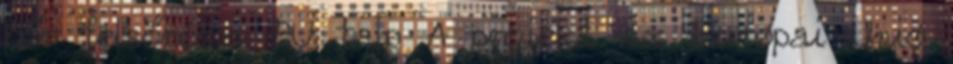
bőr felsőrész, PU talp A projekt az Európai Unió